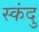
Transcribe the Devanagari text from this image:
स्कंदु